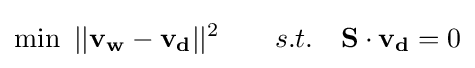
\min \ ||\mathbf {v_{w}} -\mathbf {v_{d}} ||^{2}\qquad s.t.\quad \mathbf {S} \cdot \mathbf {v_{d}} =0